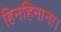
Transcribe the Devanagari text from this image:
हिनहिनाना।